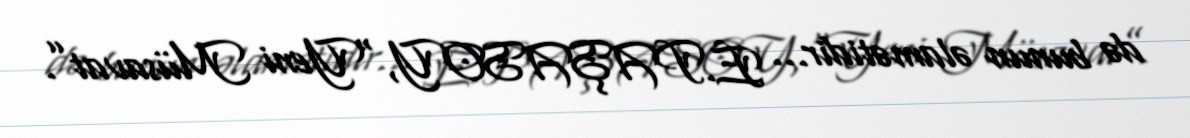
də bunun əlamətidir... E.PAŞASOY,“Yeni Müsavat”.